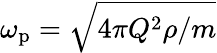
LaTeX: \omega_{\mathrm{p}}=\sqrt{4\pi Q^{2}\rho/m}